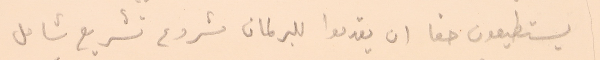
يستطيعون حقا ان يقدموا للبرلمان مشروع تشريع شامل